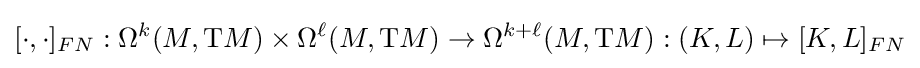
[\cdot ,\cdot ]_{FN}:\Omega ^{k}(M,\mathrm {T} M)\times \Omega ^{\ell }(M,\mathrm {T} M)\to \Omega ^{k+\ell }(M,\mathrm {T} M):(K,L)\mapsto [K,L]_{FN}